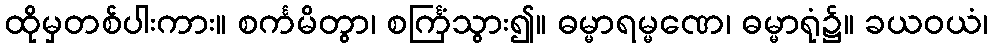
ထိုမှတစ်ပါးကား။ စင်္ကမိတွာ၊ စင်္ကြံသွား၍။ ဓမ္မာရမ္မဏေ၊ ဓမ္မာရုံ၌။ ခယဝယံ၊